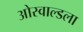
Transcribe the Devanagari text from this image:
ओस्वाल्डला